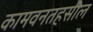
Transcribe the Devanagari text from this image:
कामवनतहसील